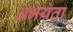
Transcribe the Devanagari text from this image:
अभयंता